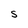
Character: S